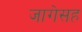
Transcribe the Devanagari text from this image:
जागेसह